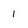
Character: 1